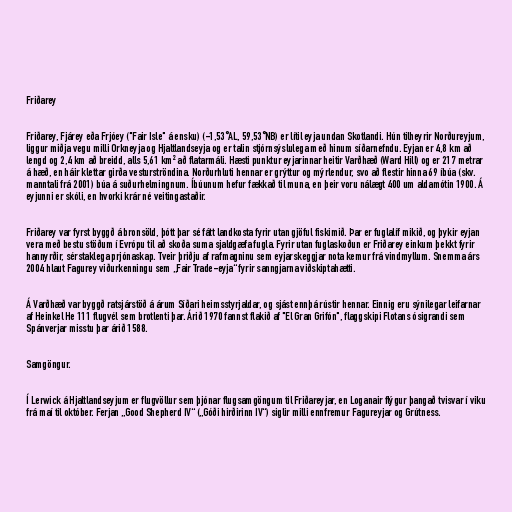
Friðarey

Friðarey, Fjárey eða Frjóey ("Fair Isle" á ensku) (-1,53°AL, 59,53°NB) er lítil eyja undan Skotlandi. Hún tilheyrir Norðureyjum,
liggur miðja vegu milli Orkneyja og Hjaltlandseyja og er talin stjórnsýslulega með hinum síðarnefndu. Eyjan er 4,8 km að
lengd og 2,4 km að breidd, alls 5,61 km² að flatarmáli. Hæsti punktur eyjarinnar heitir Varðhæð (Ward Hill) og er 217 metrar
á hæð, en háir klettar girða vesturströndina. Norðurhluti hennar er grýttur og mýrlendur, svo að flestir hinna 69 íbúa (skv.
manntali frá 2001) búa á suðurhelmingnum. Íbúunum hefur fækkað til muna, en þeir voru nálægt 400 um aldamótin 1900. Á
eyjunni er skóli, en hvorki krár né veitingastaðir.

Friðarey var fyrst byggð á bronsöld, þótt þar sé fátt landkosta fyrir utan gjöful fiskimið. Þar er fuglalíf mikið, og þykir eyjan
vera með bestu stöðum í Evrópu til að skoða suma sjaldgæfa fugla. Fyrir utan fuglaskoðun er Friðarey einkum þekkt fyrir
hannyrðir, sérstaklega prjónaskap. Tveir þriðju af rafmagninu sem eyjarskeggjar nota kemur frá vindmyllum. Snemma árs
2004 hlaut Fagurey viðurkenningu sem „Fair Trade-eyja“ fyrir sanngjarna viðskiptahætti.

Á Varðhæð var byggð ratsjárstöð á árum Síðari heimsstyrjaldar, og sjást ennþá rústir hennar. Einnig eru sýnilegar leifarnar
af Heinkel He 111 flugvél sem brotlenti þar. Árið 1970 fannst flakið af "El Gran Grifón", flaggskipi Flotans ósigrandi sem
Spánverjar misstu þar árið 1588.

Samgöngur.

Í Lerwick á Hjaltlandseyjum er flugvöllur sem þjónar flugsamgöngum til Friðareyjar, en Loganair flýgur þangað tvisvar í viku
frá maí til október. Ferjan „Good Shepherd IV“ („Góði hirðirinn IV“) siglir milli ennfremur Fagureyjar og Grútness.